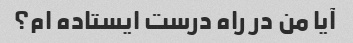
آیا من در راه درست ایستاده ام؟